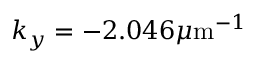
k _ { y } = - 2 . 0 4 6 \mu \mathrm { m } ^ { - 1 }